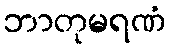
ဘာတုမရဏံ